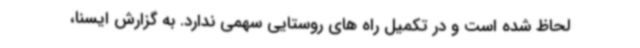
لحاظ شده است و در تکمیل راه های روستایی سهمی ندارد. به گزارش ایسنا،